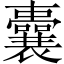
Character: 囊